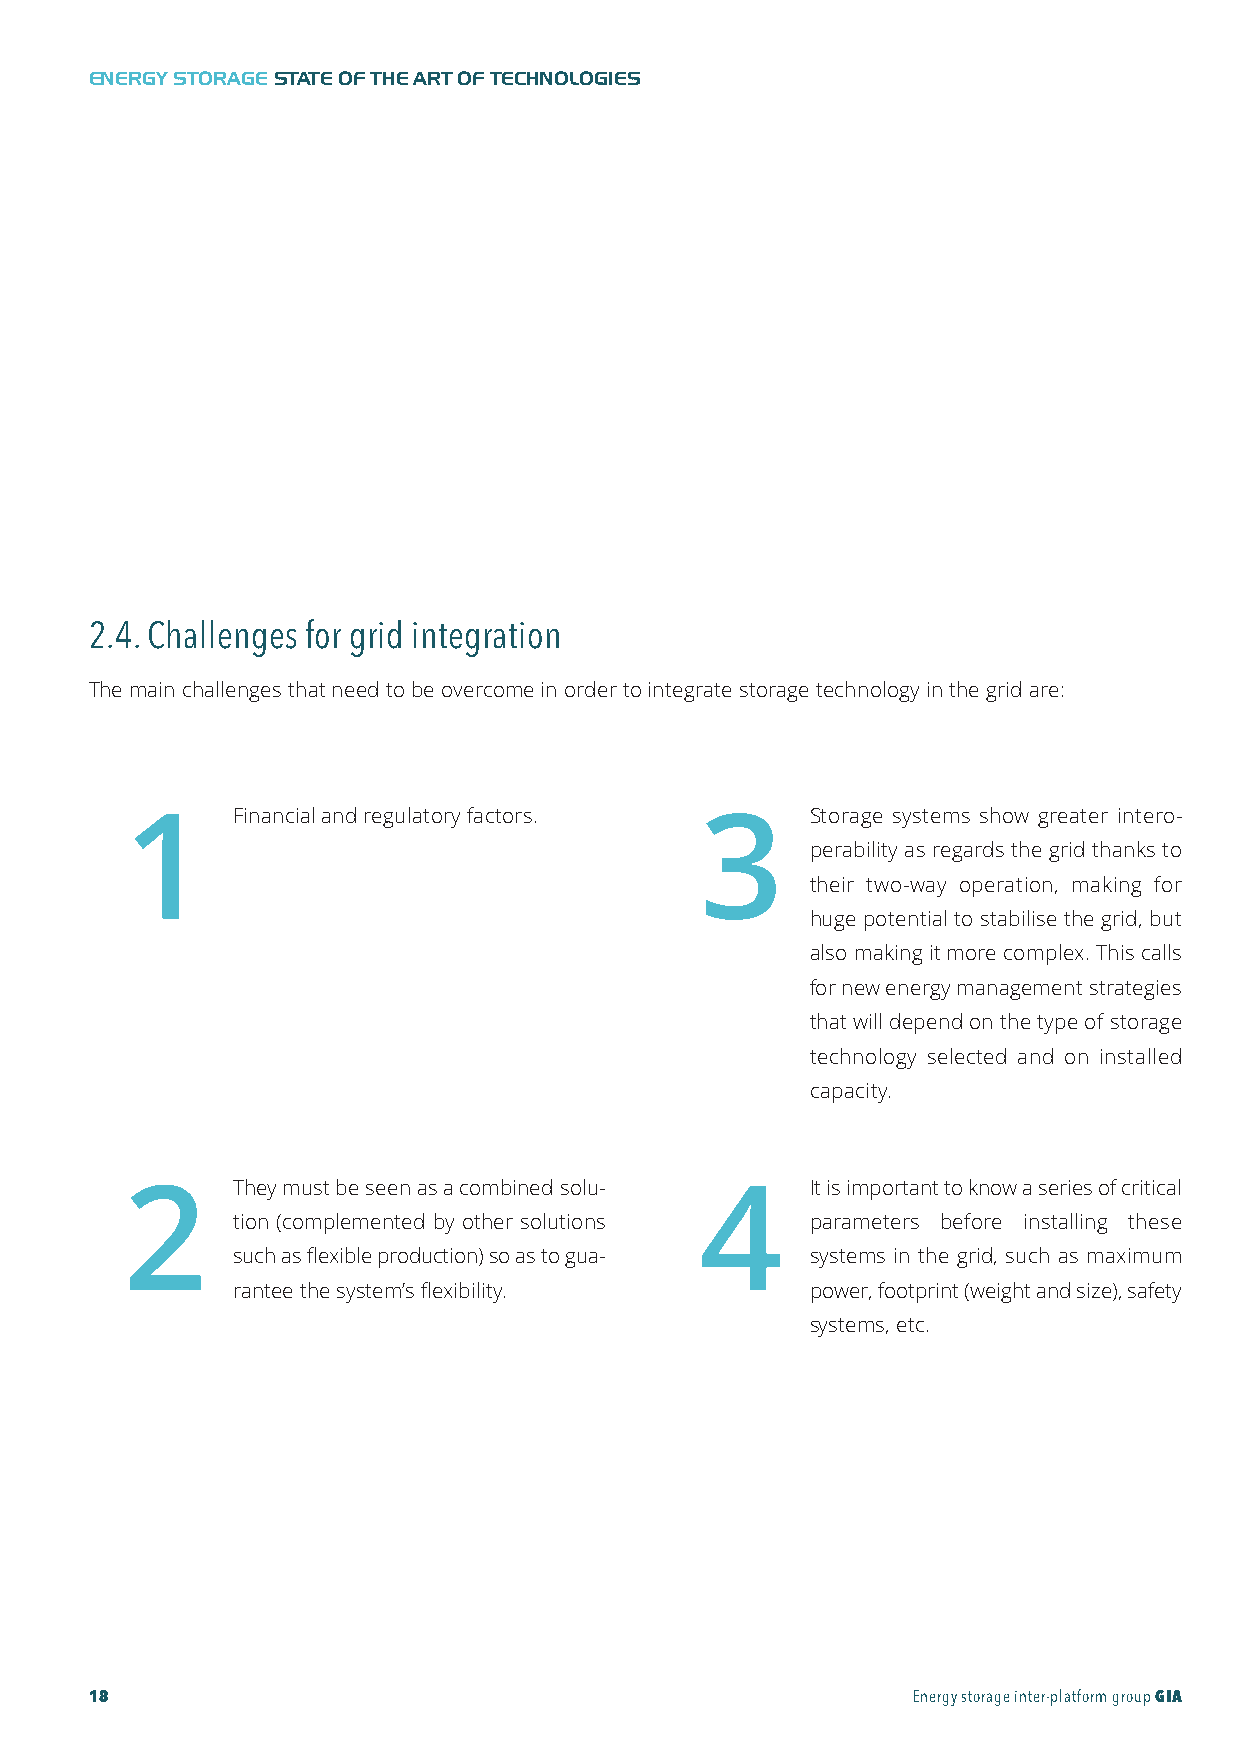
GIA-Maqueta-ENG 18/11/2015 10:05 Página 18
 ENERGY STORAGESTATE OF THE ART OF TECHNOLOGIES
 2.4. Challenges for grid integration
 The main challenges that need to be overcome in order to integrate storage technology in the grid are:
 1      Financial and regulatory factors. 3   Storage systems show greater intero-
 perability as regards the grid thanks to
 their two-way operation, making for
 huge potential to stabilise the grid, but
 also making it more complex. This calls
 for new energy management strategies
 that will depend on the type of storage
 technology selected and on installed
 capacity.
 2      They must be seen as a combined solu- 4 It is important to know a series of critical
 tion (complemented by other solutions parameters before installing these
 such as flexible production) so as to gua- systems in the grid, such as maximum
 rantee the system’s flexibility.      power, footprint (weight and size), safety
 systems, etc.
 18                                                    Energy storage inter-platform groupGIA